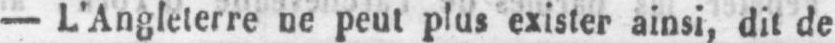
- L’Angleterre ne peut plus exister ainsi, dit de